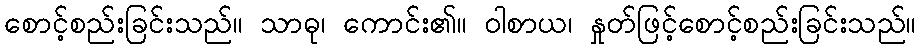
စောင့်စည်းခြင်းသည်။ သာဓု၊ ကောင်း၏။ ဝါစာယ၊ နှုတ်ဖြင့်စောင့်စည်းခြင်းသည်။